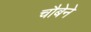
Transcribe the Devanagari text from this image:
चौबेने